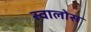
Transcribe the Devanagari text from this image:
स्वालोस